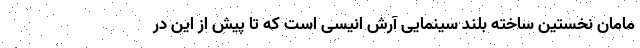
مامان نخستین ساخته بلند سینمایی آرش انیسی است که تا پیش از این در